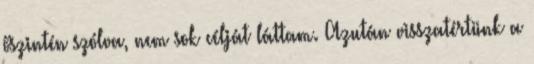
őszintén szólva, nem sok célját láttam. Azután visszatértünk a